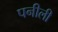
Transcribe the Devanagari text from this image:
पनीली